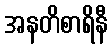
အနတိစာရိနီ